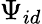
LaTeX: \Psi_{id}